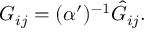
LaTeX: G _ { i j } = ( \alpha ^ { \prime } ) ^ { - 1 } \hat { G } _ { i j } .